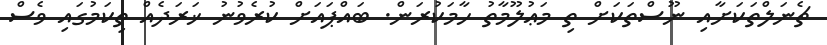
ޗެނަލްތަކަށާއި ނޫސްތަކަށް ތި މަޢުލޫމާތު ހާމަކުރަން. ބައްޕައަށް ކުރެވުނު ޚަރަދެއް ތިކަމުގައި ވެސް